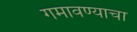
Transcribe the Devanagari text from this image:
गमावण्याचा